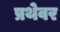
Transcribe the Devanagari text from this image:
प्रथेवर